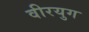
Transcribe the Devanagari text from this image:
वीरयुग